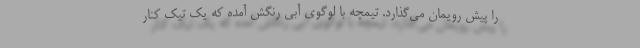
را پیش رویمان می‌گذارد. تیمچه با لوگوی آبی رنگش آمده که یک تیک کنار